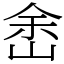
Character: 峹